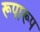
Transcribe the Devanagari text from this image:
रूपारूप